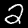
Digit: 2